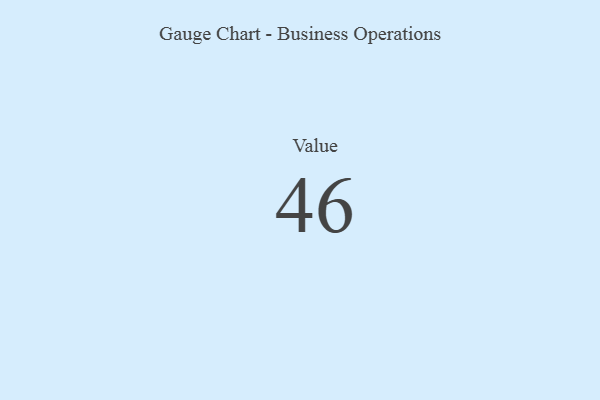
{"axis": {"x": "Metric", "y": "Value"}, "legend": [""], "data": [{"x": "Value", "y": 46, "type": ""}]}